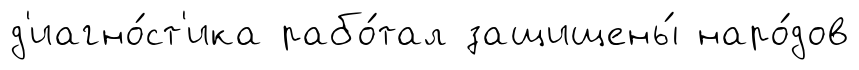
д'иагно́ст'ика рабо́тал защищены́ наро́дов